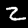
Digit: 2